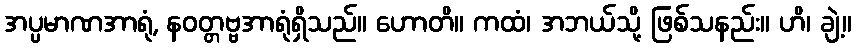
အပ္ပမာဏအာရုံ, နဝတ္တဗ္ဗအာရုံရှိသည်။ ဟောတိ။ ကထံ၊ အဘယ်သို့ ဖြစ်သနည်း။ ဟိ၊ ချဲ့။